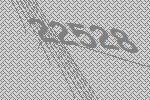
22528